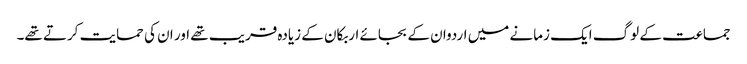
جماعت کے لوگ ایک زمانے میں اردوان کے بجائے اربکان کے زیادہ قریب تھے اور ان کی حمایت کرتے تھے۔